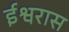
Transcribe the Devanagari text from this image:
ईश्वरास